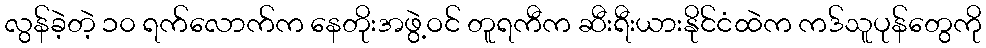
လွန်ခဲ့တဲ့ ၁၀ ရက်လောက်က နေတိုးအဖွဲ့ဝင် တူရကီက ဆီးရီးယားနိုင်ငံထဲက ကဒ်သူပုန်တွေကို